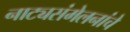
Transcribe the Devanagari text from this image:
नाट्यसंमेलनांचे